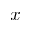
x